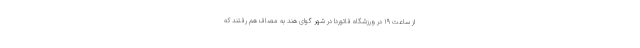
از ساعت ۱۹ در ورزشگاه فاتوردا در شهر گوای هند به مصاف هم رفتند که